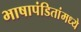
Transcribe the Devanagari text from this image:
भाषापंडितांमध्ये